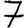
Digit: 7